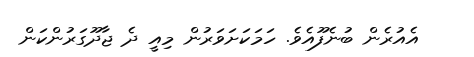
އެއުރެން ބުނެފޫއެވެ. ހަމަކަށަވަރުން މިއީ ދެ ޖާދޫގަރުންކަން